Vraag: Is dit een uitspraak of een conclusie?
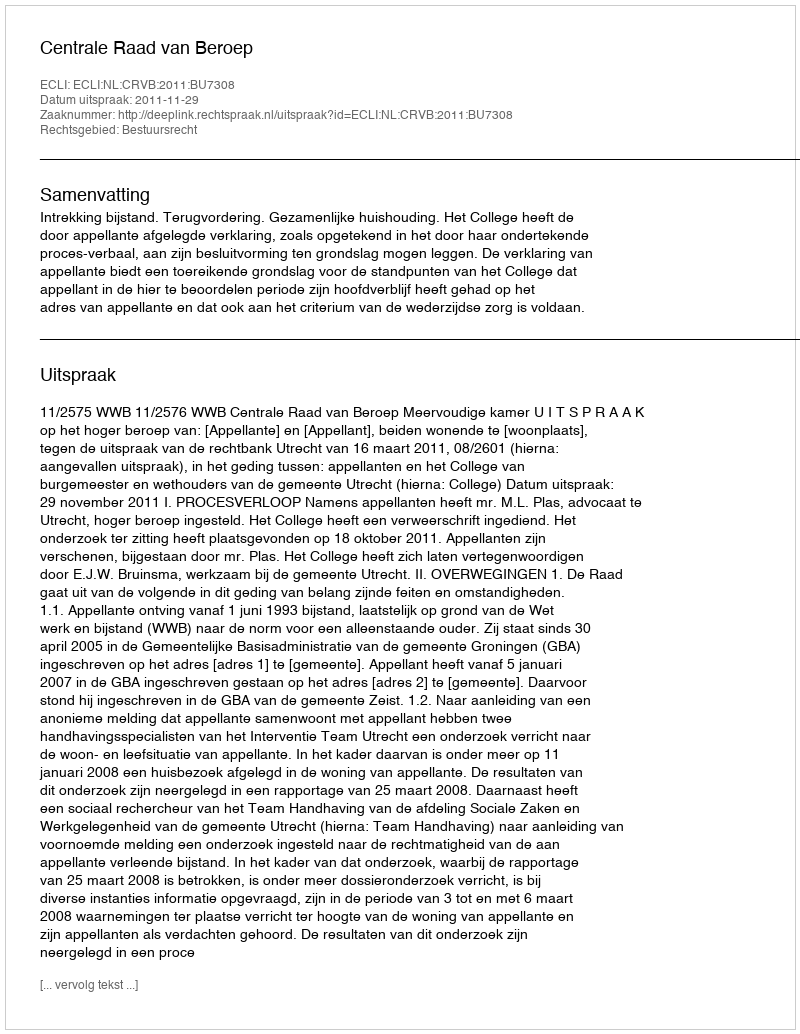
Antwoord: Uitspraak